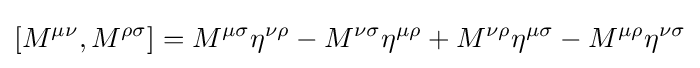
[M^{\mu \nu },M^{\rho \sigma }]=M^{\mu \sigma }\eta ^{\nu \rho }-M^{\nu \sigma }\eta ^{\mu \rho }+M^{\nu \rho }\eta ^{\mu \sigma }-M^{\mu \rho }\eta ^{\nu \sigma }